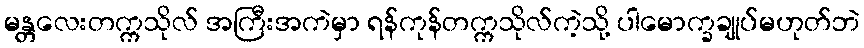
မန္တလေးတက္ကသိုလ် အကြီးအကဲမှာ ရန်ကုန်တက္ကသိုလ်ကဲ့သို့ ပါမောက္ခချုပ်မဟုတ်ဘဲ